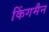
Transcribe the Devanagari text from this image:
किंगमैन